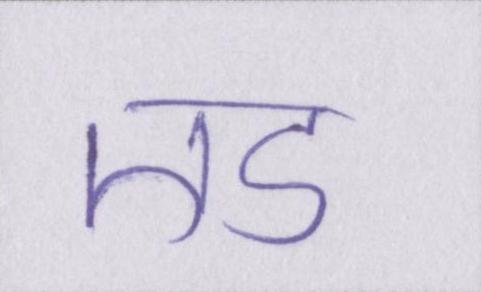
एड